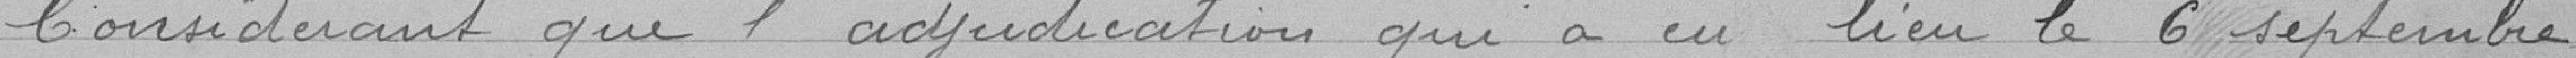
Considérant que l'adjudication que a eu lieu le 6 septembre